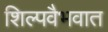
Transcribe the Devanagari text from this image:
शिल्पवैभवात